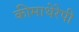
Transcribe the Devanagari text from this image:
कीमाथेरेपी